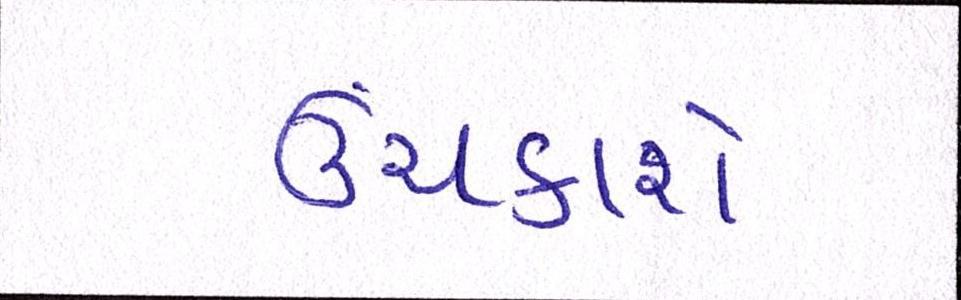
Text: ઉંચકાશે